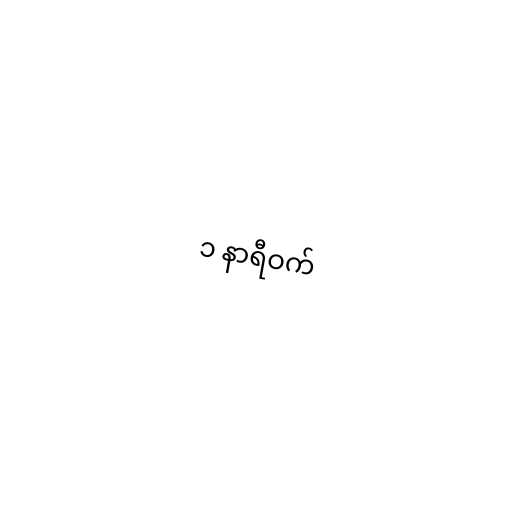
၁ နာရီဝက်